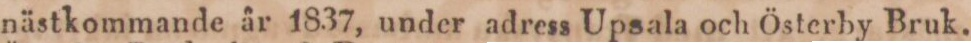
nästkommande år 1837, under adress Upsala och Österby Bruk.